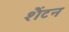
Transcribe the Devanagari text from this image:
शैंटन